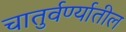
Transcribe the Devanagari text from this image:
चातुर्वर्ण्यातील